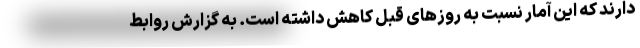
دارند که این آمار نسبت به روزهای قبل کاهش داشته است. به گزارش روابط